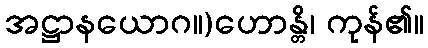
အဋ္ဌာနယောဂ။)ဟောန္တိ၊ ကုန်၏။